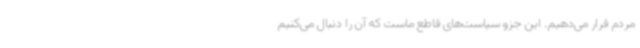
مردم قرار می‌دهیم. این جزو سیاست‌های قاطع ماست که آن را دنبال می‌کنیم